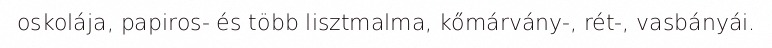
oskolája, papiros- és több lisztmalma, kőmárvány-, rét-, vasbányái.